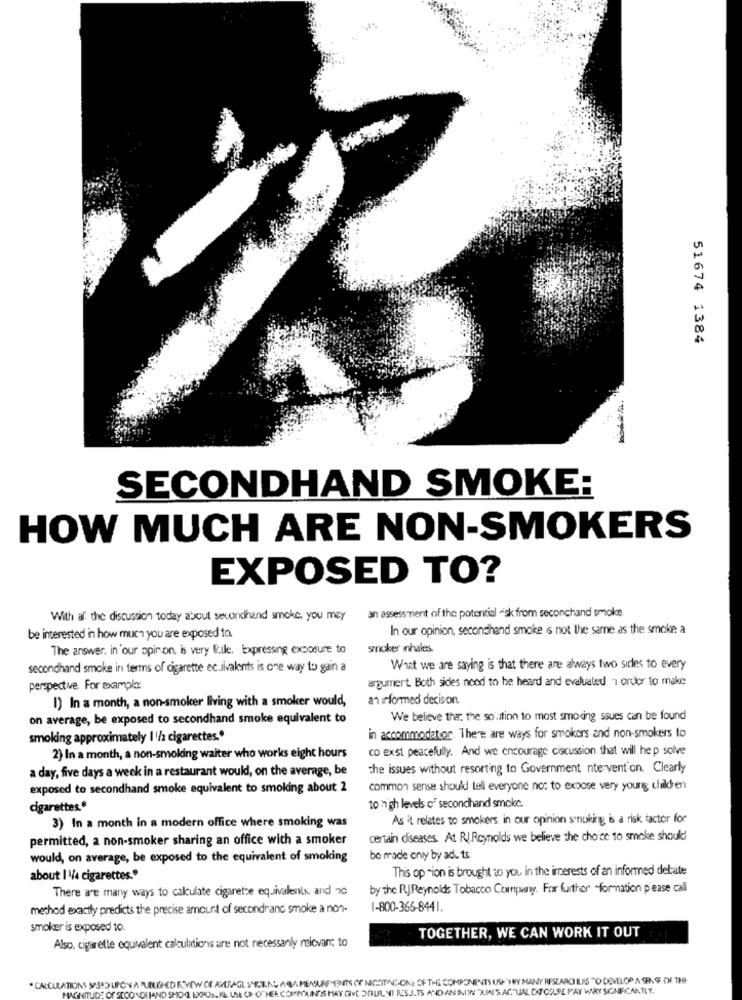
51674 1384
SECONDHAND SMOKE:
HOW MUCH ARE NON-SMOKERS
EXPOSED TO?
With al the discussion today about secondhand smoke, you may
an assessment of the potential -isk from secondhand smoke.
In our opinion, secondhand smoke s not the same as the smoke a
be interested in how much you are exposed to.
The answer, in our opinion, is very file. Expressing exposure to
smoker ihales.
secondhand smoke in terms of cigarette ec divalents is one way to gain a
What we are saying is that there are always two sirles to every
argument. Both sides nood to be heard and evalualed -ı ordor to make
perspective. For example:
I) In a month, a non-smoker living with a smoker would,
an informed decison.
on average, be exposed to secondhand smoke equivalent to
We believe ther. the so .tion to most smoking ssues can be found
smoking approximately I '/2 cigarettes .*
in accommodator. There are ways for smokers and non-smokers to
co exst peacefully. And we encourage ciscussion that will hep solve
2) In a month, a non-smoking waiter who works eight hours
a day, five days a week in a restaurant would, on the average, be
the issues without resorting to Government ntervent'on. Clearly
exposed to secondhand smoke equivalent to smoking about 2
common sense should tell everyone no: to expose very young children
cigarettes*
to high levels of secondhand smoke.
As it relates to smokers in our opinion smoking is a risk factor for
3) In a month in a modern office where smoking was
permitted, a non-smoker sharing an office with a smoker
certain diseases. At RJ.Reynolds we believe the choice to smoke shouki
would, on average, be exposed to the equivalent of smoking
be made only by adu ts
This option is brought to you in the interests of an informed debate
about | 1/4 cigarettes."
There are many ways to calculate cigaretze equivalents, and 10
by the RJ.Reynolds Tobacco Company. For further -formation p'ease call
method exactly predicts the precise amount of secondranc smoke a non-
1-800-365-8441.
smoker is exposed 10.
TOGETHER, WE CAN WORK IT OUT
Also, cigarette equivalent calculations are not necessanly relovam; to
VAMEASUREMENTS OF NICOTINE-ONE OF THE COMPONENTS USHYRY MANY RESTARCI ILIS "O DEVELOP A SENSE OF THE
" CALCULATIONS MASED UPON A PUBLISHEDR"VOW OF
COMPOUNDS HAY GIVE DOLL VI RESULTS ANDANININ "JUINIS ACTUAL DT CULPE PAY WHY SIGNIFICANTLY.